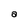
Character: a